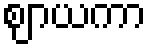
ဈာယကာ